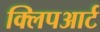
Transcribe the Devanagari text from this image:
क्लिपआर्ट